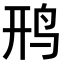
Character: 𫛚